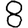
Digit: 8